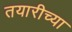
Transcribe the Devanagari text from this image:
तयारीच्या